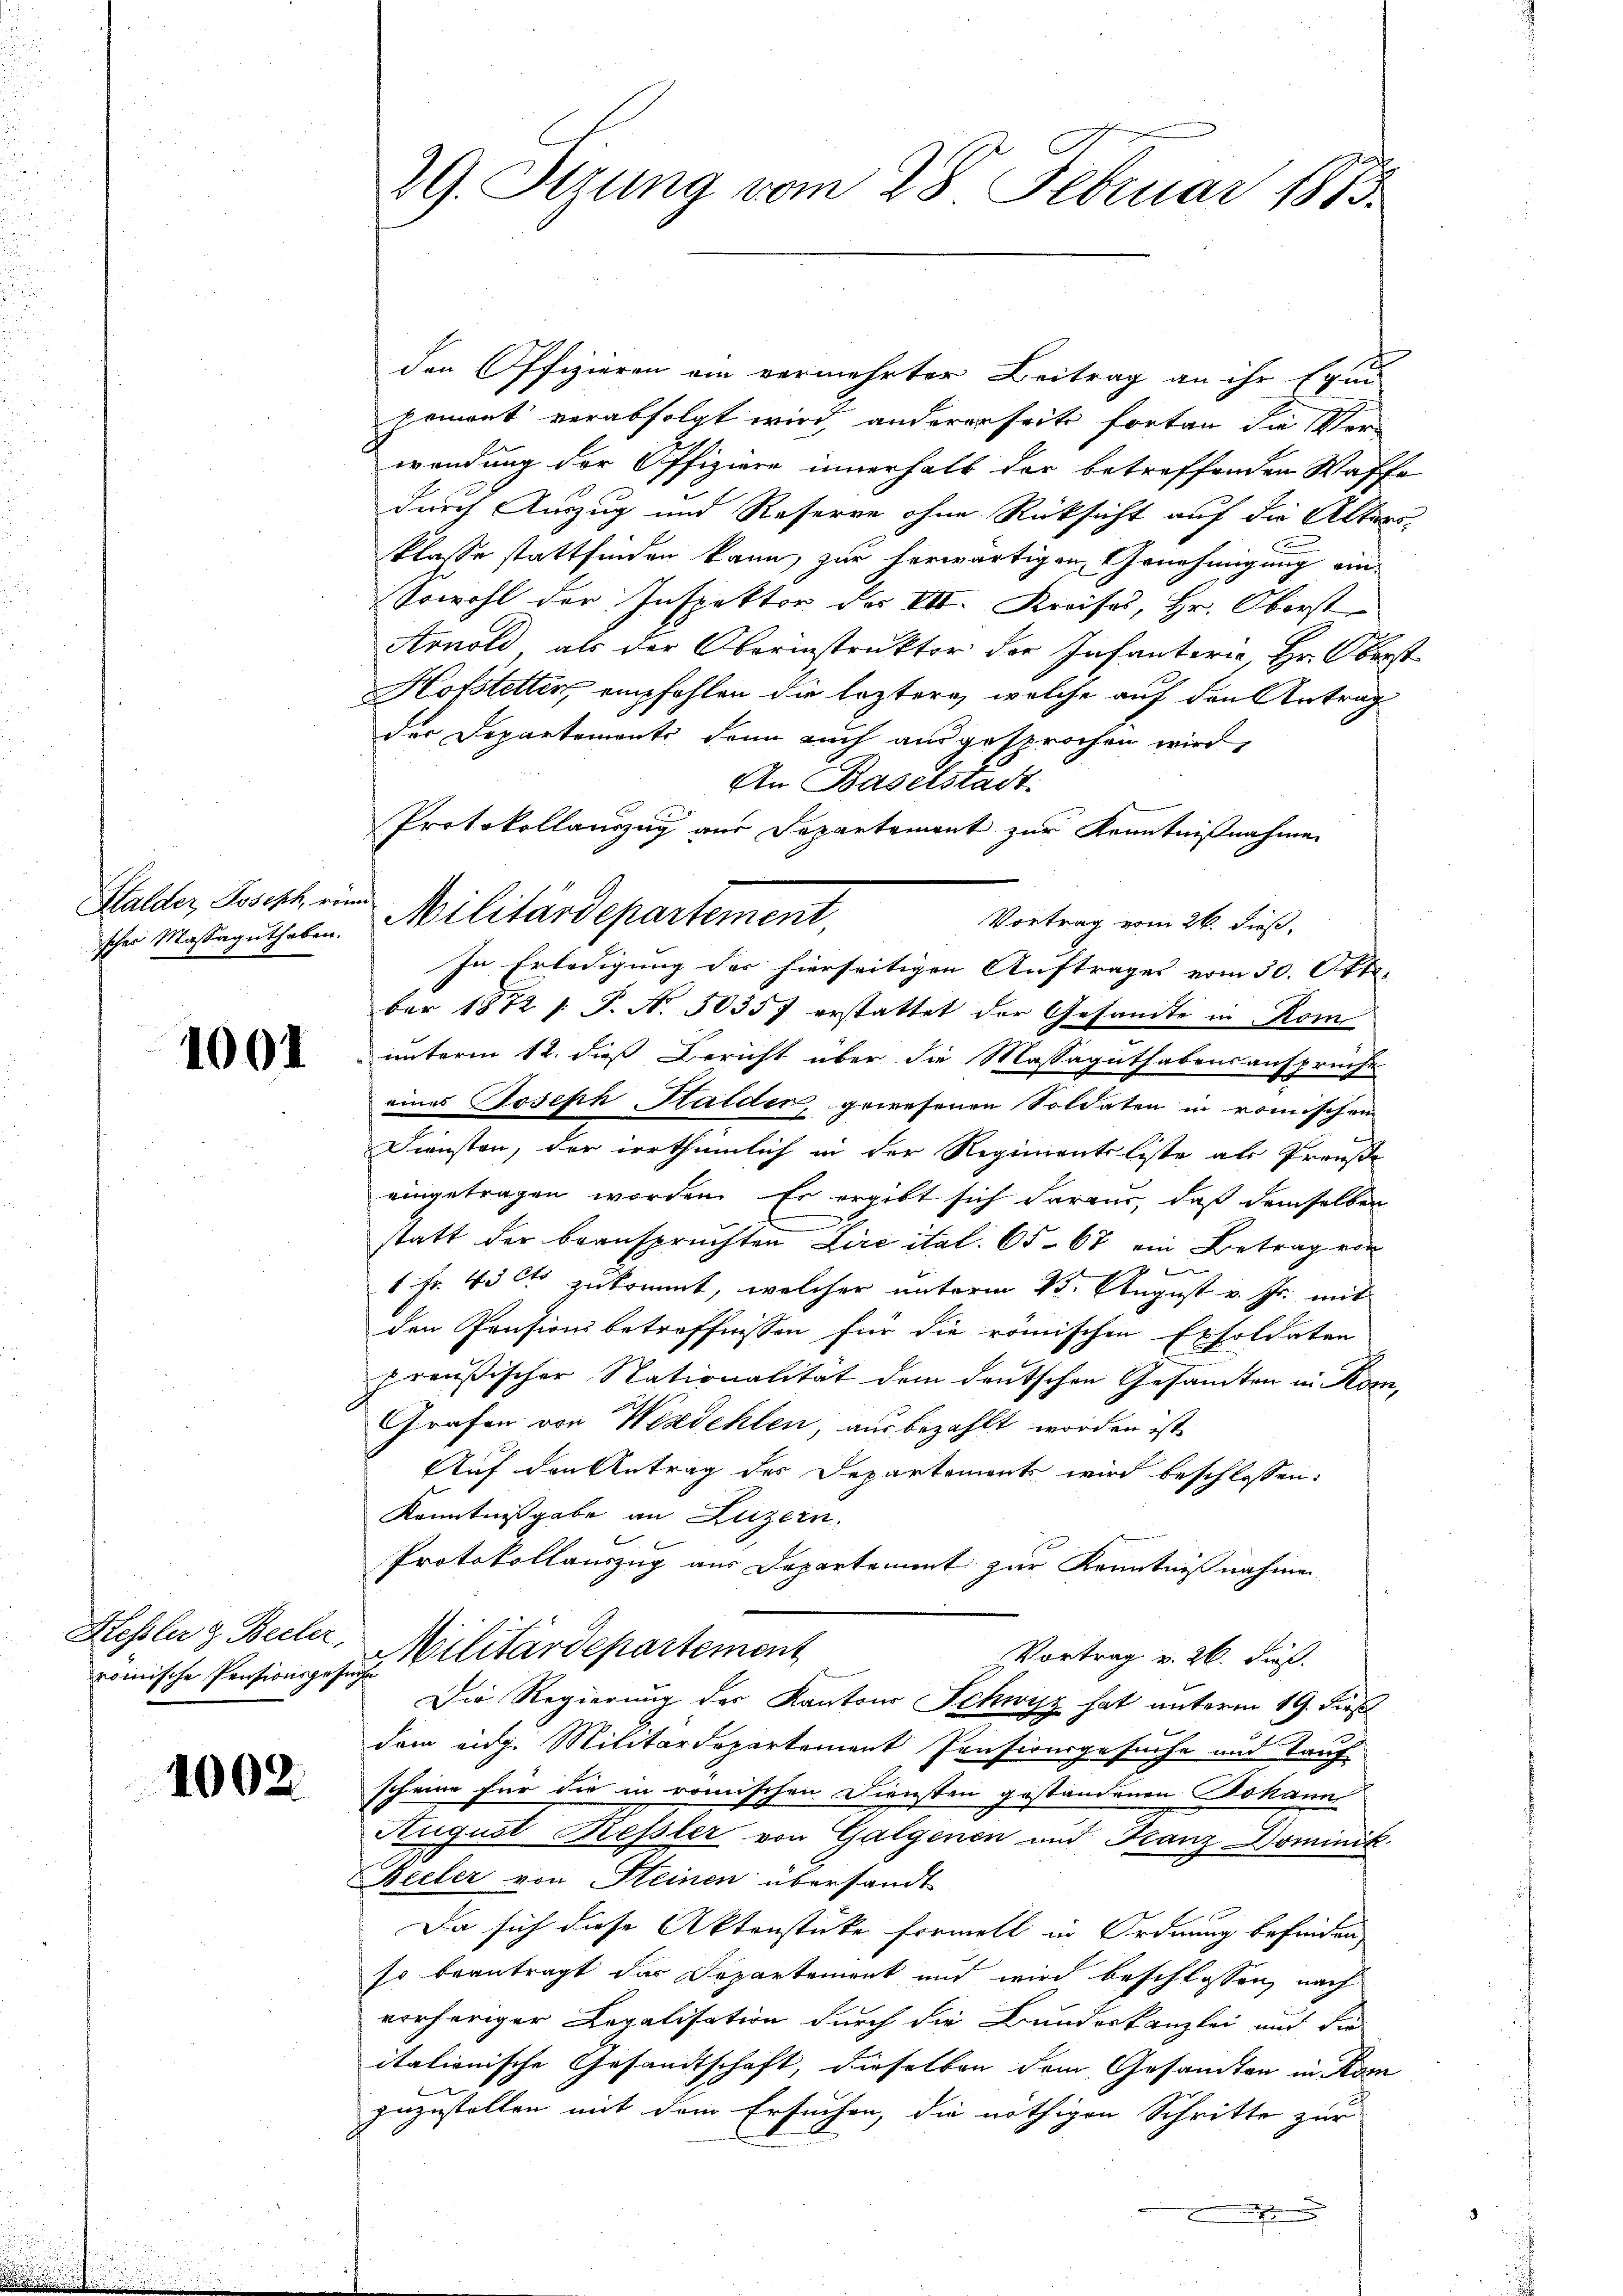
Halder, Joseph, rein
scher Massaguthaben.

1001

Hessler & Becker,
romische Pensionsgese

1002.

29. Sizung vom 28. Februar 1883

den Offizieren ein vermehrter Beitrag an ihr Equi
priment verabfolgt wird, andererseits fortan die Ver-
wendung der Offiziere innerhalb der betreffenden Waffe
durch Auszug und Reserve ohne Rücksicht auf die Alters,
klasse stattfinden kann, zur herwärtigen Genehmigung ein¬
Sowohl der Inspektor der VII. Kreises, Hr. Oberst
Arnold, als der Oberinstrukter der Infanteria, Hr. Oberst
Hofstetter, empfohlen die leztern, welche auf den Antrag
der Departementi dann auch ausgesprochen wird,
An Baselstadt.
Protokollauszug aus Separtement zur Kenntnißnahme
Vortrag vom 26. dieß,
In Erledigung der hierseitigen Auftrages vom 30. Okt.
ber 1872 /: P. N. 30357 erstattet der Gesandte in Rom
unterm 12. dieß Bericht über die Massaguthabensansprüche
eines Joseph Halder, gewesenen Soldaten in römischen
Diensten, der irrthümlich in der Regimentiliste als Pronste
eingetragen worden. Er ergibt sich daraus, daß demselben
statt der beanspruchten Lire ital. 65. 67 ein Betrag von

1 Fr. 45 ct zukommt, welcher unterm 13. August v. Js. mit
den Pensionsbetreffnissen für die römischen Exsoldaten
preußischer Nationalität dem deutschen Gesamten in Kom¬
Grafen von Werdehlen, aus bezahlt worden ist,
Auf den Antrag des Departements wird beschlossen:
Kenntnißgabe an Luzern.
Protokollauszug aus Departement zur Kenntnißnahmen
Militärdepartement
Vortrag v. 26. dieß.
iechen
Die Regierung der Kantons Schwyz hat unterm 19. dies
dem eidg. Militärdepartement Pensionsgesuche und Tauf
scheine für die in römischen Diensten gestandenen Johann
August Kessler von Galgenen und Franz Dominik.
Beeler von Steinen übersandt
Da sich diese Aktenstüke formell in Ordnung befinden,
so beantragt das Departement und wird beschlossen, nach
vorheriger Legalisation durch die Bundeskanzlei und die
itationische Gesandtschaft, dieselben dem Gesandten in Kom
zuzustellen mit dem Ersuchen, die nöthigen Schritte zur
.

Militärdepartement